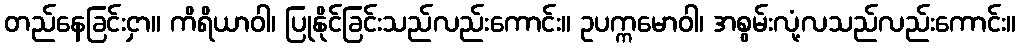
တည်နေခြင်းငှာ။ ကိရိယာဝါ၊ ပြုနိုင်ခြင်းသည်လည်းကောင်း။ ဥပက္ကမောဝါ၊ အစွမ်းလုံ့လသည်လည်းကောင်း။